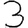
Digit: 3